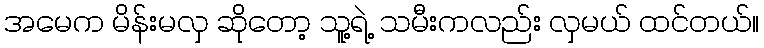
အမေက မိန်းမလှ ဆိုတော့ သူ့ရဲ့ သမီးကလည်း လှမယ် ထင်တယ်။